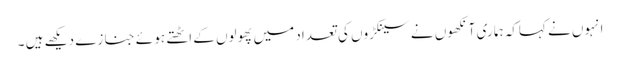
انہوں نے کہاکہ ہما ری آنکھوں نے سینکڑوں کی تعداد میں پھولوں کے اٹھتے ہو ئے جنا زے دیکھے ہیں ۔